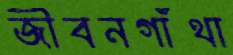
জীবনগাঁথা